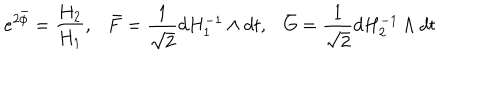
e ^ { 2 \bar { \phi } } = { \frac { H _ { 2 } } { H _ { 1 } } } , \bar { F } = { \frac { 1 } { \sqrt 2 } } d H _ { 1 } ^ { - 1 } \wedge d t , \bar { G } = { \frac { 1 } { \sqrt 2 } } d H _ { 2 } ^ { - 1 } \wedge d t